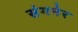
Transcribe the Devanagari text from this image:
संगनेर